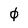
Character: 0